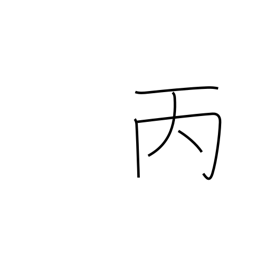
Meaning: 3rd